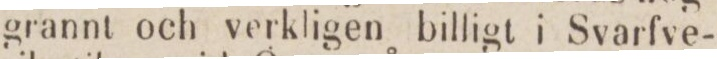
grannt och verkligen billigt i Svarfve-